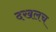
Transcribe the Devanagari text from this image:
दखलच